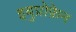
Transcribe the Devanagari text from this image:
इबुप्रोफ़ेन